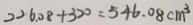
2 2 6 . 0 8 + 3 2 0 = 5 4 6 . 0 8 c m ^ { 3 }